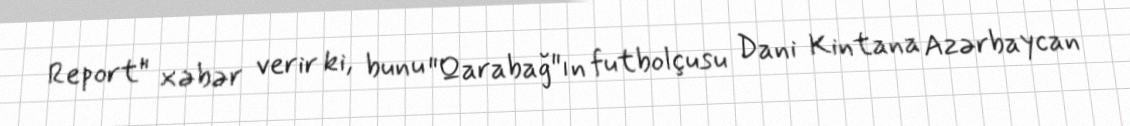
Report" xəbər verir ki, bunu "Qarabağ"ın futbolçusu Dani Kintana Azərbaycan